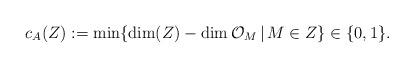
LaTeX: \begin{align*} c_A(Z):=\min\{\dim(Z)-\dim\mathcal{O}_M\,|\, M\in Z\}\in\{0, 1\}.\end{align*}